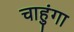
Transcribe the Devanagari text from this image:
चाहुंगा